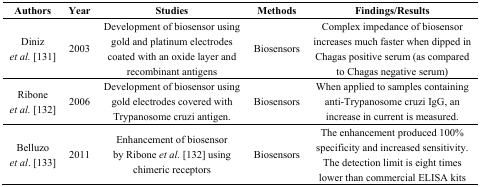
| Authors | Year | Studies | Methods | Findings/Results |
 | --- | --- | --- | --- | --- |
 | Diniz et al. [131] | 2003 | Development of biosensor using gold and platinum electrodes coated with an oxide layer and recombinant antigens | Biosensors | Complex impedance of biosensor increases much faster when dipped in Chagas positive serum (as compared to Chagas negative serum) |
 | Ribone et al. [132] | 2006 | Development of biosensor using gold electrodes covered with Trypanosome cruzi antigen. | Biosensors | When applied to samples containing anti-Trypanosome cruzi IgG, an increase in current is measured. |
 | Belluzo et al. [133] | 2011 | Enhancement of biosensor by Ribone et al. [132] using chimeric receptors | Biosensors | The enhancement produced 100% specificity and increased sensitivity. The detection limit is eight times lower than commercial ELISA kits |